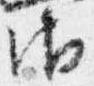
御